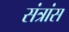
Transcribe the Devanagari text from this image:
संत्रांस